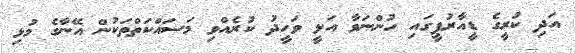
އަދި ކުރީގެ ޑީއާރުޕީގައި ހުންނަވާ އަލީ ވަހީދު ކުރެއްވި މަސައްކަތްތަކުން އޭނާގެ މުޅި